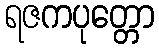
ရဇကပုတ္တော